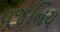
પૂજનિય